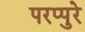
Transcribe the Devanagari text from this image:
परप्पुरे